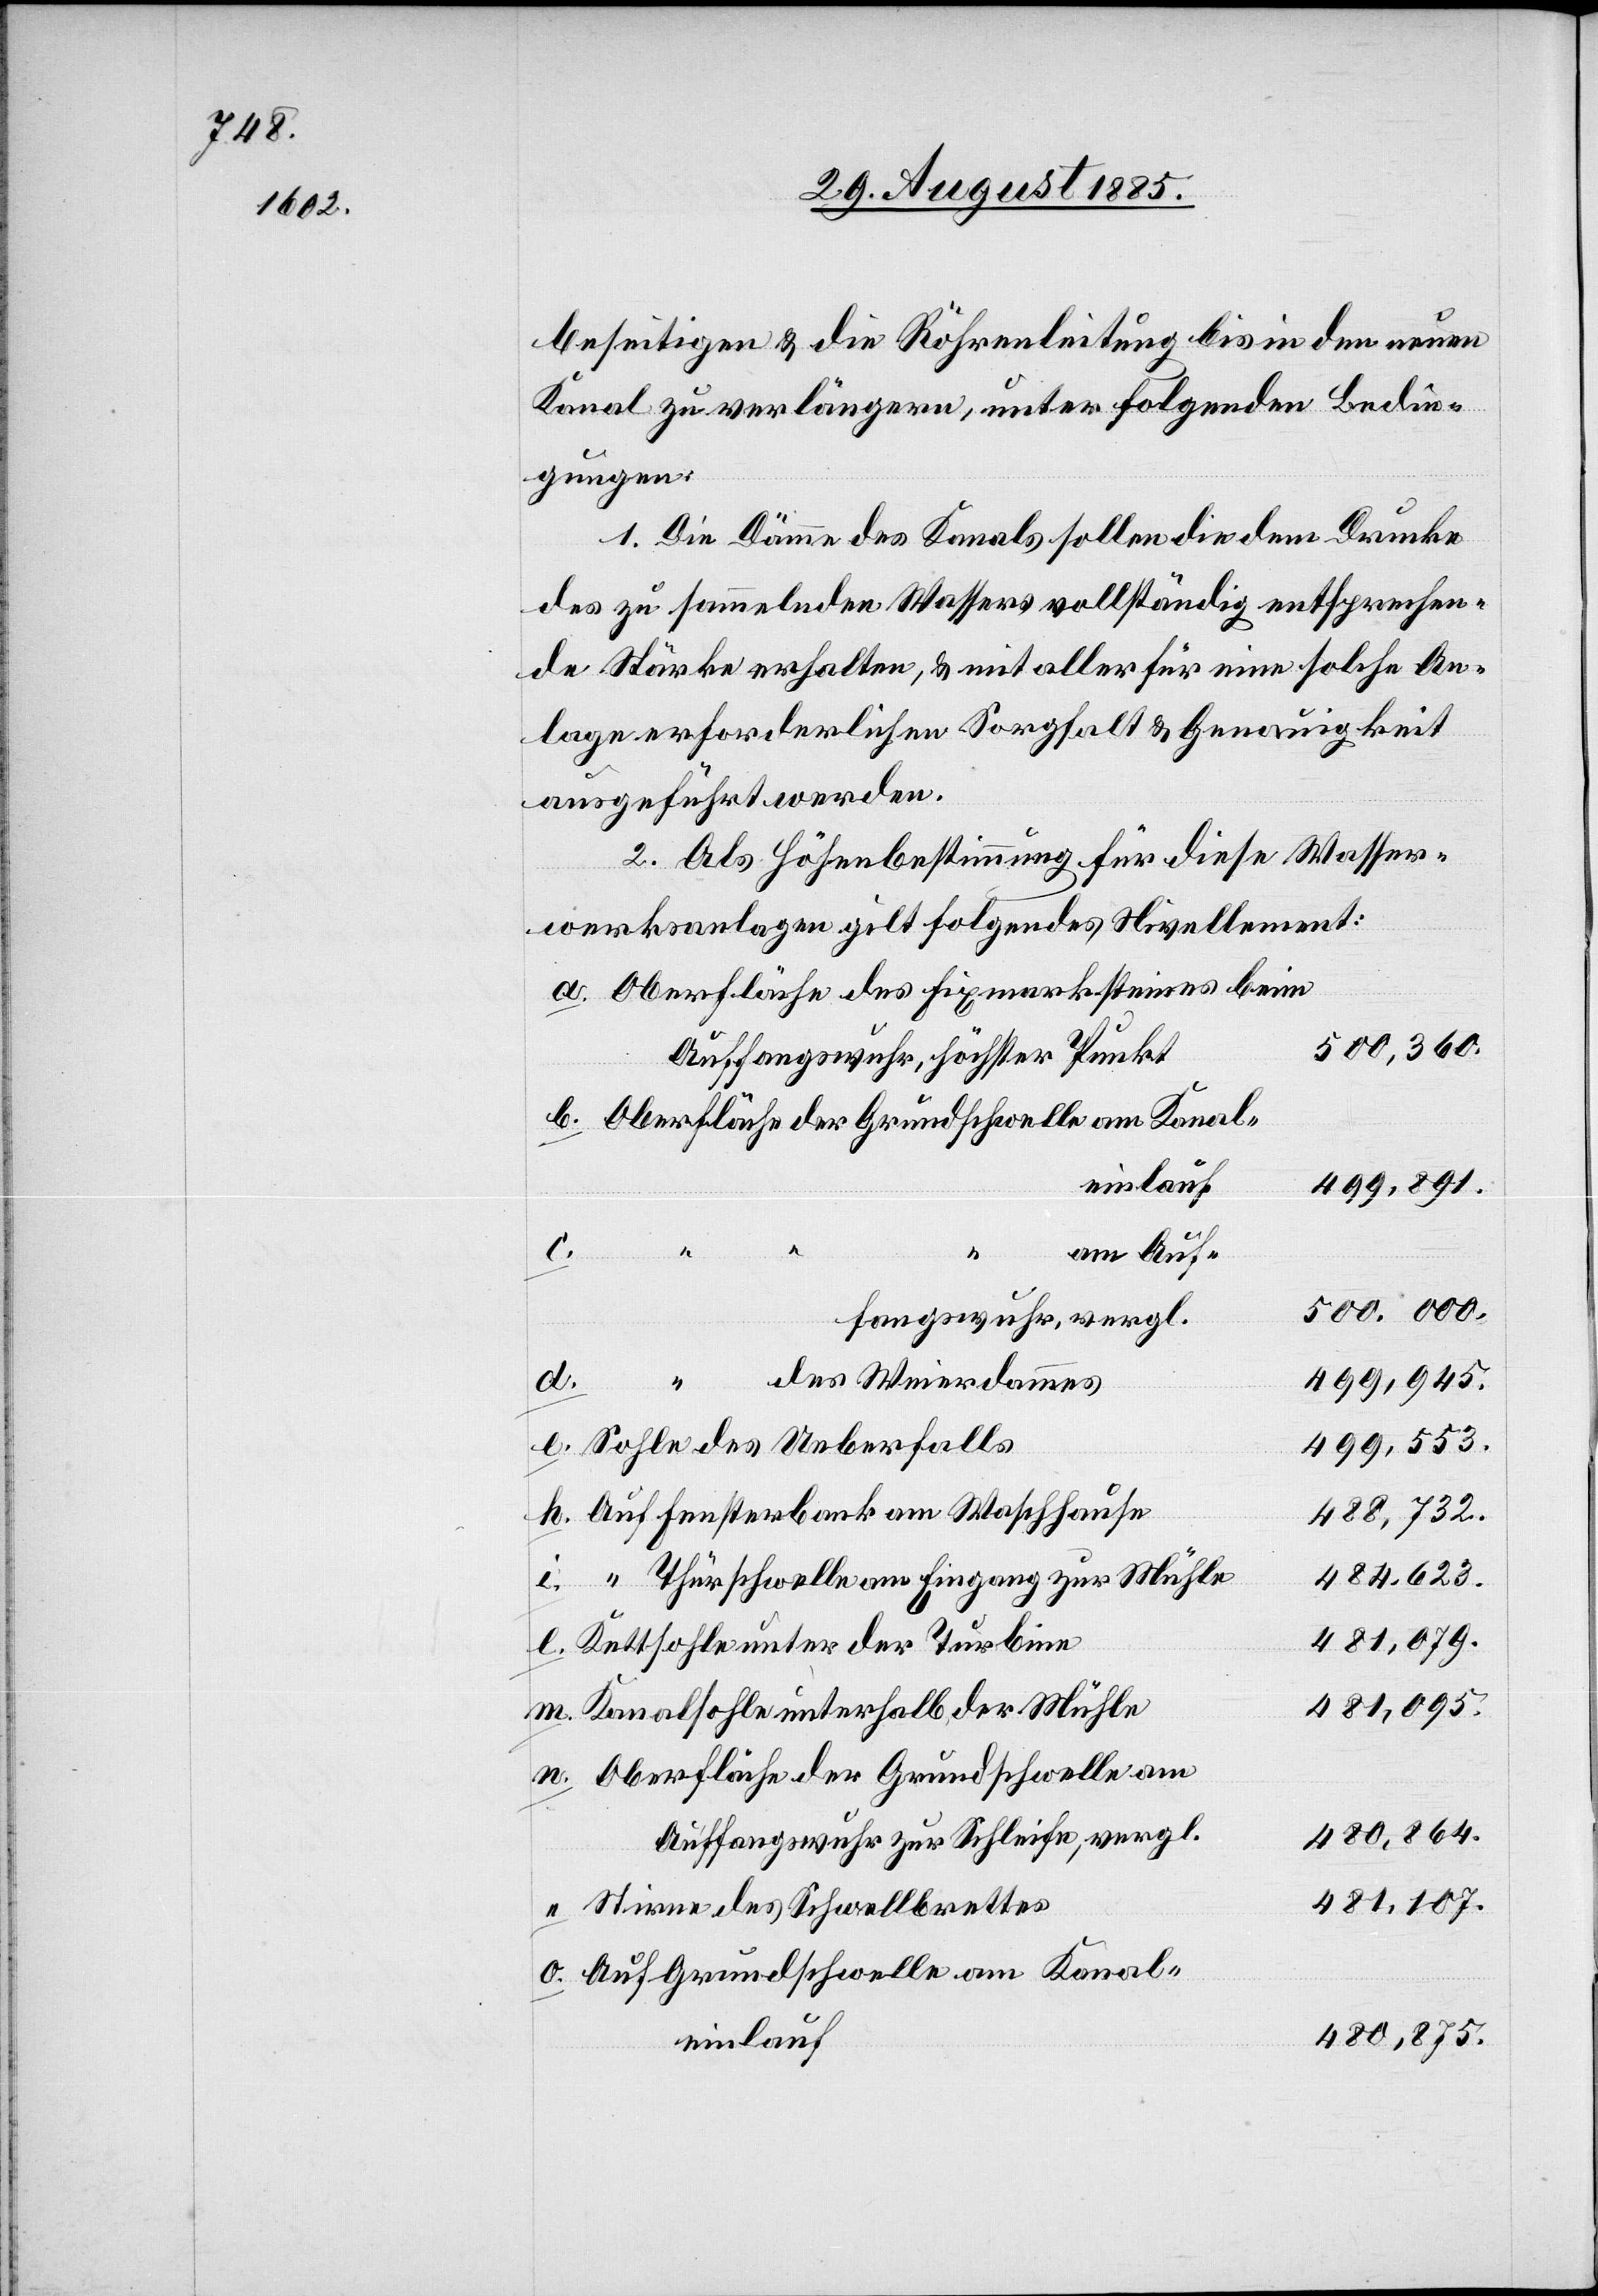
beseitigen & die Röhrenleitung bis in den neuen
Kanal zu verlängern, unter folgenden Bedin¬
gungen:
1. Die Dämme des Kanals sollen die dem Drucke
des zu sammelnden Wassers vollständig entsprechen¬
de Stärke erhalten, & mit aller für eine solche An¬
lage erforderlichen Sorgfalt & Genauigkeit
ausgeführt werden.
2. Als Höhenbestimmung für diese Wasser¬
werksanlagen gilt folgendes Nivellement:
Oberfläche des Fixmarksteines beim
500,000.
Auffangswuhr, höchster Punkt
499,891.
Weierdammes
am Auf¬
fangswuhr, vergl.
499,945.
Sohle des Ueberfalls
499,553.
488,732.
484.623.
Thürschwelle am Eingang zur Mühle
481,107.
Kettsohle unter der Turbine
481,095.
Kanalsohle unterhalb der Mühle
Oberfläche der Grundschwelle am
480,864.
Auffangswuhr zur Schleife, vergl.
Stirne des Schwellbrettes
Auf Grundschwelle am Kanal¬
480,875.
einlauf